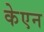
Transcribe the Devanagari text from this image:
केएन